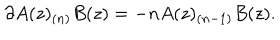
LaTeX: \partial A ( z ) _ { ( n ) } B ( z ) = - n A ( z ) _ { ( n - 1 ) } B ( z ) .